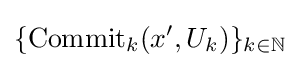
\{{\text{Commit}}_{k}(x',U_{k})\}_{k\in \mathbb {N} }